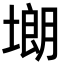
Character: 㙟